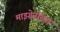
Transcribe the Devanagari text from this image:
माइग्रेनॉसस